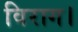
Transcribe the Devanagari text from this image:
विराग।